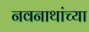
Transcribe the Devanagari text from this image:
नवनाथांच्या